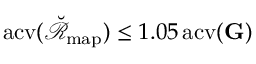
\mathrm { a c v } ( \breve { \mathscr R } _ { \mathrm { m a p } } ) \leq 1 . 0 5 \, \mathrm { a c v } ( \mathbf G )